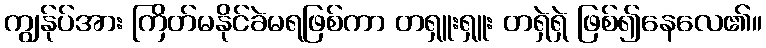
ကျွန်ုပ်အား ကြိတ်မနိုင်ခဲမရဖြစ်ကာ တရှူးရှူး တရှဲရှဲ ဖြစ်၍နေလေ၏။